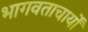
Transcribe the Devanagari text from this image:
भागवताचार्यों